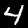
Digit: 4